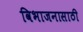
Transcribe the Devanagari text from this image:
विभाजनासाठी